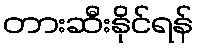
တားဆီးနိုင်ရန်